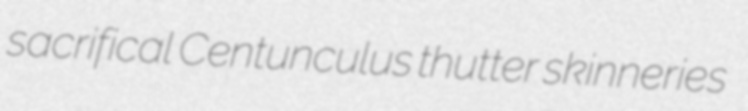
sacrifical Centunculus thutter skinneries